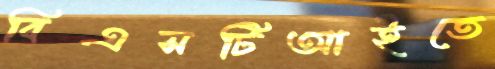
বিএসটিআইতে